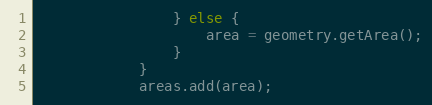
Language: Java
				} else {
					area = geometry.getArea();
				}
			}
			areas.add(area);